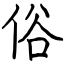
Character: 俗